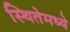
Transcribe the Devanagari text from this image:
स्थितेमध्ये